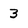
Character: 3